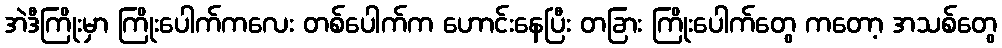
အဲဒီကြိုးမှာ ကြိုးပေါက်ကလေး တစ်ပေါက်က ဟောင်းနေပြီး တခြား ကြိုးပေါက်တွေ ကတော့ အသစ်တွေ